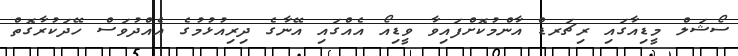
ސޯޝަލް މީޑިއާގައި ރިޗަރޑް އާންމުކޮށްފައިވާ ވީޑިއޯ އެއްގައި އޭނާގެ ދިރިއުޅުމުގެ އެއްދުވަސް ހޭދަކުރާގޮތް